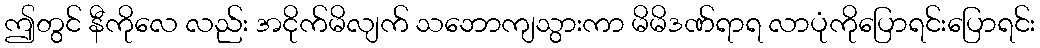
ဤတွင် နီကိုလေ လည်း အငိုက်မိလျက် သဘောကျသွားကာ မိမိဒဏ်ရာရ လာပုံကိုပြောရင်းပြောရင်း